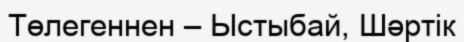
Төлегеннен – Ыстыбай, Шәртік